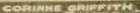
CORINNE ORIFFITH